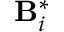
\mathbf { B } _ { i } ^ { * }